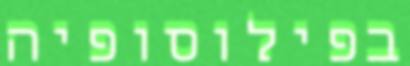
בפילוסופיה